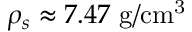
\rho _ { s } \approx 7 . 4 7 ~ \mathrm { g / c m ^ { 3 } }